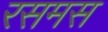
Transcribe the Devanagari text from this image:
रसमस